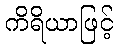
ကိရိယာဖြင့်